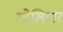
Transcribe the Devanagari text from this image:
ग्वेलियार